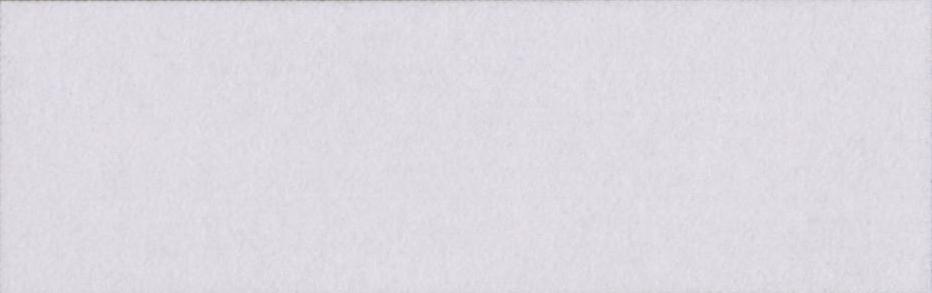
गलाकाट